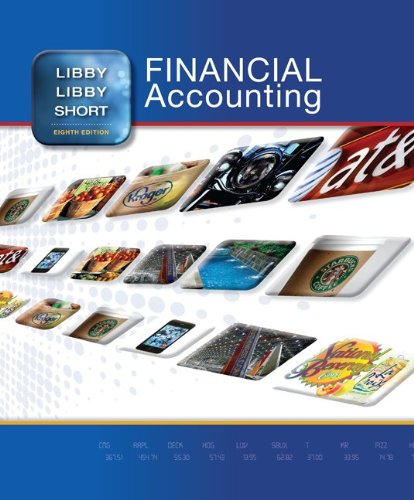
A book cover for Financial Accounting with Connect Access Card; Robert Libby; Business & Money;